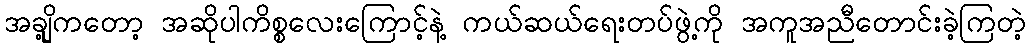
အချို့ကတော့ အဆိုပါကိစ္စလေးကြောင့်နဲ့ ကယ်ဆယ်ရေးတပ်ဖွဲ့ကို အကူအညီတောင်းခဲ့ကြတဲ့